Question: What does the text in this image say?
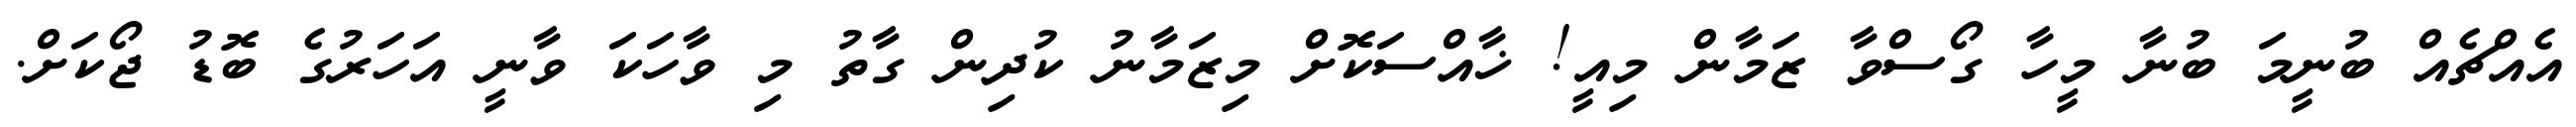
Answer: އެއްޗެއް ބުނީމަ ބުނާ މީހާ ގޯސްވާ ޒަމާން މިއީ! ޚާއްސަކޮށް މިޒަމާނު ކުދިން ގާތު މި ވާހަކަ ވާނީ އަހަރުގެ ބޮޑު ޖޯކަށް.